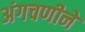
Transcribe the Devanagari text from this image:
अंगचणीने